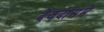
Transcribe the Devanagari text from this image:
देवदासमे